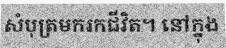
សំបុត្រមករកជីវិត។ នៅក្នុង